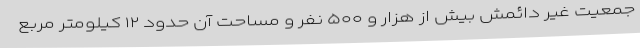
جمعیت غیر دائمش بیش از هزار و ۵۰۰ نفر و مساحت آن حدود ۱۲ کیلومتر مربع